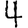
Digit: 4